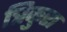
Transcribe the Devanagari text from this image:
त्रिकुरा